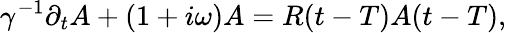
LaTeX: \gamma^{-1}\partial_{t}A+\left(1+i\omega\right)A=R{(t-T)}A{(t-T)},